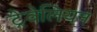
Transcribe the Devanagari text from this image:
ट्रेवेलियन